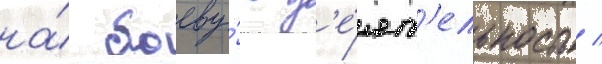
на́ боеву́ю д'е́ят'ельность /